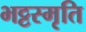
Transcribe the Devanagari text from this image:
भट्टस्मृति